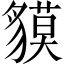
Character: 貘